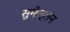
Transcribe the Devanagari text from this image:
सुमेल्लन